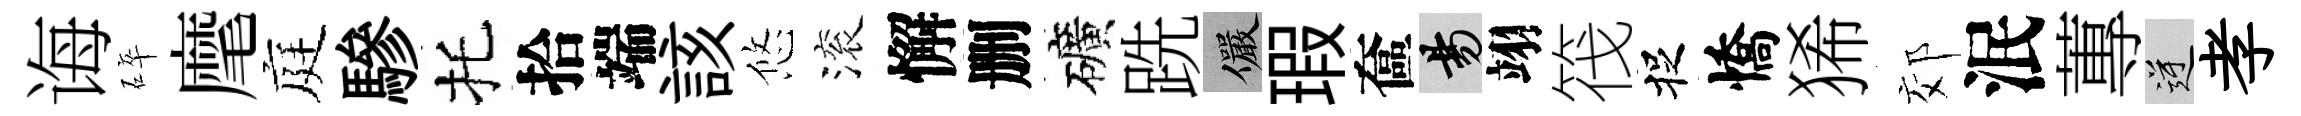
诲碎麾庭驂托拾端該悠滚懈删礦跣儼瑕奩昜翊筏捉憍狶郊泯蓴逆孝